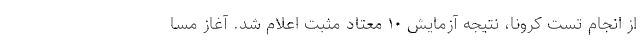
از انجام تست کرونا، نتیجه آزمایش ۱۰ معتاد مثبت اعلام شد. آغاز مسا